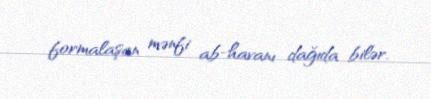
formalaşan mənfi ab-havanı dağıda bilər.